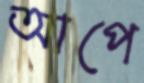
আপে